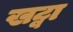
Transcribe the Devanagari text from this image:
खट्वा